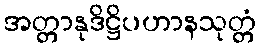
အတ္တာနုဒိဋ္ဌိပဟာနသုတ္တံ